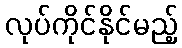
လုပ်ကိုင်နိုင်မည့်